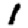
Digit: 1